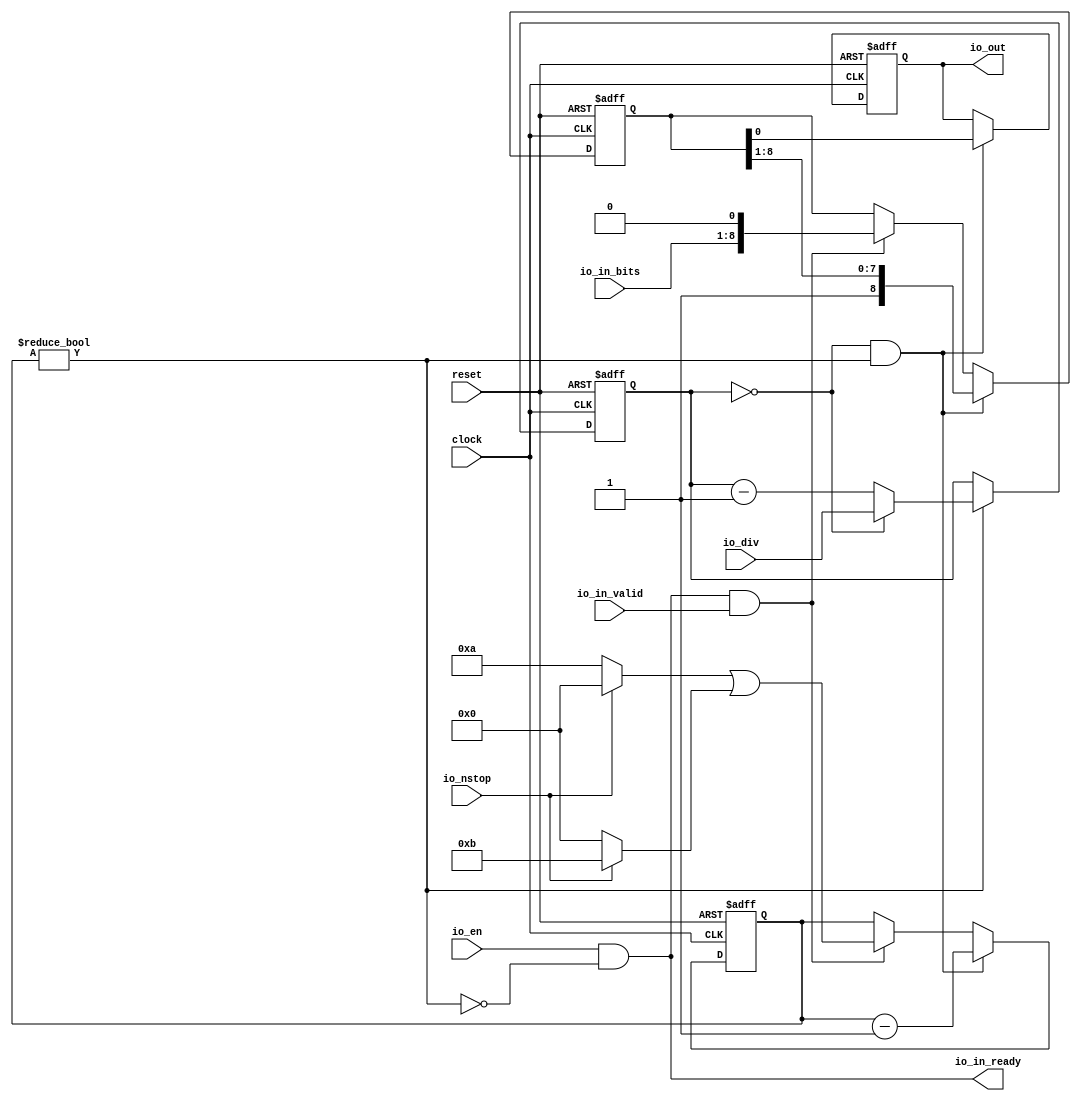
module sirv_uarttx(
  input   clock,
  input   reset,
  input   io_en,
  output  io_in_ready,
  input   io_in_valid,
  input  [7:0] io_in_bits,
  output  io_out,
  input  [15:0] io_div,
  input   io_nstop
);
  reg [15:0] prescaler;
  reg [31:0] GEN_6;
  wire  pulse;
  reg [3:0] counter;
  reg [31:0] GEN_7;
  reg [8:0] shifter;
  reg [31:0] GEN_8;
  reg  out;
  reg [31:0] GEN_9;
  wire  busy;
  wire  T_32;
  wire  T_33;
  wire  T_34;
  wire  T_36;
  wire [8:0] T_38;
  wire  T_40;
  wire [3:0] T_46;
  wire [3:0] T_48;
  wire [3:0] T_50;
  wire [3:0] T_51;
  wire [8:0] GEN_0;
  wire [3:0] GEN_1;
  wire [16:0] T_53;
  wire [15:0] T_54;
  wire [15:0] T_55;
  wire [15:0] GEN_2;
  wire  T_56;
  wire [4:0] T_58;
  wire [3:0] T_59;
  wire [7:0] T_61;
  wire [8:0] T_62;
  wire  T_63;
  wire [3:0] GEN_3;
  wire [8:0] GEN_4;
  wire  GEN_5;
  assign io_in_ready = T_33;
  assign io_out = out;
  assign pulse = prescaler == 16'h0;
  assign busy = counter != 4'h0;
  assign T_32 = busy == 1'h0;
  assign T_33 = io_en & T_32;
  assign T_34 = io_in_ready & io_in_valid;
  assign T_36 = reset == 1'h0;
  assign T_38 = {io_in_bits,1'h0};
  assign T_40 = io_nstop == 1'h0;
  assign T_46 = T_40 ? 4'ha : 4'h0;
  assign T_48 = io_nstop ? 4'hb : 4'h0;
  assign T_50 = T_46 | T_48;
  assign T_51 = T_50;
  assign GEN_0 = T_34 ? T_38 : shifter;
  assign GEN_1 = T_34 ? T_51 : counter;
  assign T_53 = prescaler - 16'h1;
  assign T_54 = T_53[15:0];
  assign T_55 = pulse ? io_div : T_54;
  assign GEN_2 = busy ? T_55 : prescaler;
  assign T_56 = pulse & busy;
  assign T_58 = counter - 4'h1;
  assign T_59 = T_58[3:0];
  assign T_61 = shifter[8:1];
  assign T_62 = {1'h1,T_61};
  assign T_63 = shifter[0];
  assign GEN_3 = T_56 ? T_59 : GEN_1;
  assign GEN_4 = T_56 ? T_62 : GEN_0;
  assign GEN_5 = T_56 ? T_63 : out;

  always @(posedge clock or posedge reset)
    if (reset) begin
      prescaler <= 16'h0;
    end else begin
      if (busy) begin
        if (pulse) begin
          prescaler <= io_div;
        end else begin
          prescaler <= T_54;
        end
      end
    end

  always @(posedge clock or posedge reset)
    if (reset) begin
      counter <= 4'h0;
    end else begin
      if (T_56) begin
        counter <= T_59;
      end else begin
        if (T_34) begin
          counter <= T_51;
        end
      end
    end



  always @(posedge clock or posedge reset)
  if (reset) begin
      shifter <= 9'b0;
  end
  else begin
    if (T_56) begin
      shifter <= T_62;
    end else begin
      if (T_34) begin
        shifter <= T_38;
      end
    end
  end


  always @(posedge clock or posedge reset)
    if (reset) begin
      out <= 1'h1;
    end else begin
      if (T_56) begin
        out <= T_63;
      end
    end

    //`ifndef SYNTHESIS
    //`ifdef PRINTF_COND
    //  if (`PRINTF_COND) begin
    //`endif
    //    if (T_34 & T_36) begin
    //      $fwrite(32'h80000002,"%c",io_in_bits);
    //    end
    //`ifdef PRINTF_COND
    //  end
    //`endif
    //`endif

    //synopsys translate_off
  always @(posedge clock or posedge reset) begin
        if (T_34 & T_36) begin
          $fwrite(32'h80000002,"%c",io_in_bits);
        end
  end
    //synopsys translate_on
endmodule